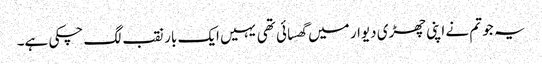
یہ جو تم نے اپنی چھڑی دیوار میں گھسائی تھی یہیں ایک بار نقب لگ چکی ہے۔